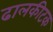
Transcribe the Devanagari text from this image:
ढालकीटक